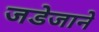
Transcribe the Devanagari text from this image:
जडेजाने